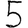
Digit: 5